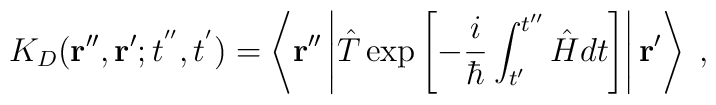
K_{D}({\bf r''}, {\bf r'}; t^{''},t^{'}) =\left\langle {\bf r''} \left| \hat{T}\exp \left[ -\frac{i}{\hbar} \int_{t'}^{t''}\hat{H} dt \right]\right| {\bf r'}\right\rangle   \; ,